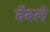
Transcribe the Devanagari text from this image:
वेंबले